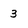
Character: 3